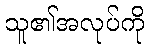
သူ၏အလုပ်ကို